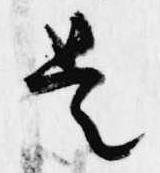
是